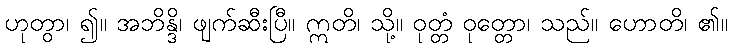
ဟုတွာ၊ ၍။ အဘိန္ဒိ၊ ဖျက်ဆီးပြီ။ ဣတိ၊ သို့။ ဝုတ္တံ ဝုတ္တော၊ သည်။ ဟောတိ၊ ၏။